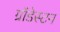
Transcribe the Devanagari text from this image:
ग्रॉंडेस्टन